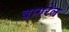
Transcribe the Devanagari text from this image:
बागरेल